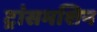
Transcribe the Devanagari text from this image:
ट्रांसमशिन